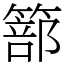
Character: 篰